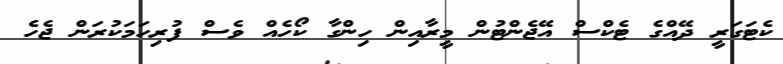
ކެޓަގަރީ ދޭއްގެ ޓެކްސް އޭޖެންޓުން މީރާއިން ހިންގާ ކޯހެއް ވެސް ފުރިހަމަކުރަން ޖެހެ